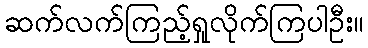
ဆက်လက်ကြည့်ရှုလိုက်ကြပါဦး။